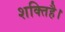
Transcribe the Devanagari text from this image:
शक्तिहै।